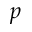
p